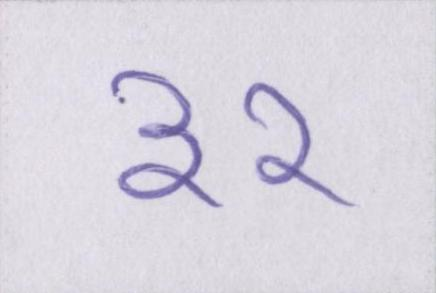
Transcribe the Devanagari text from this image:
३२